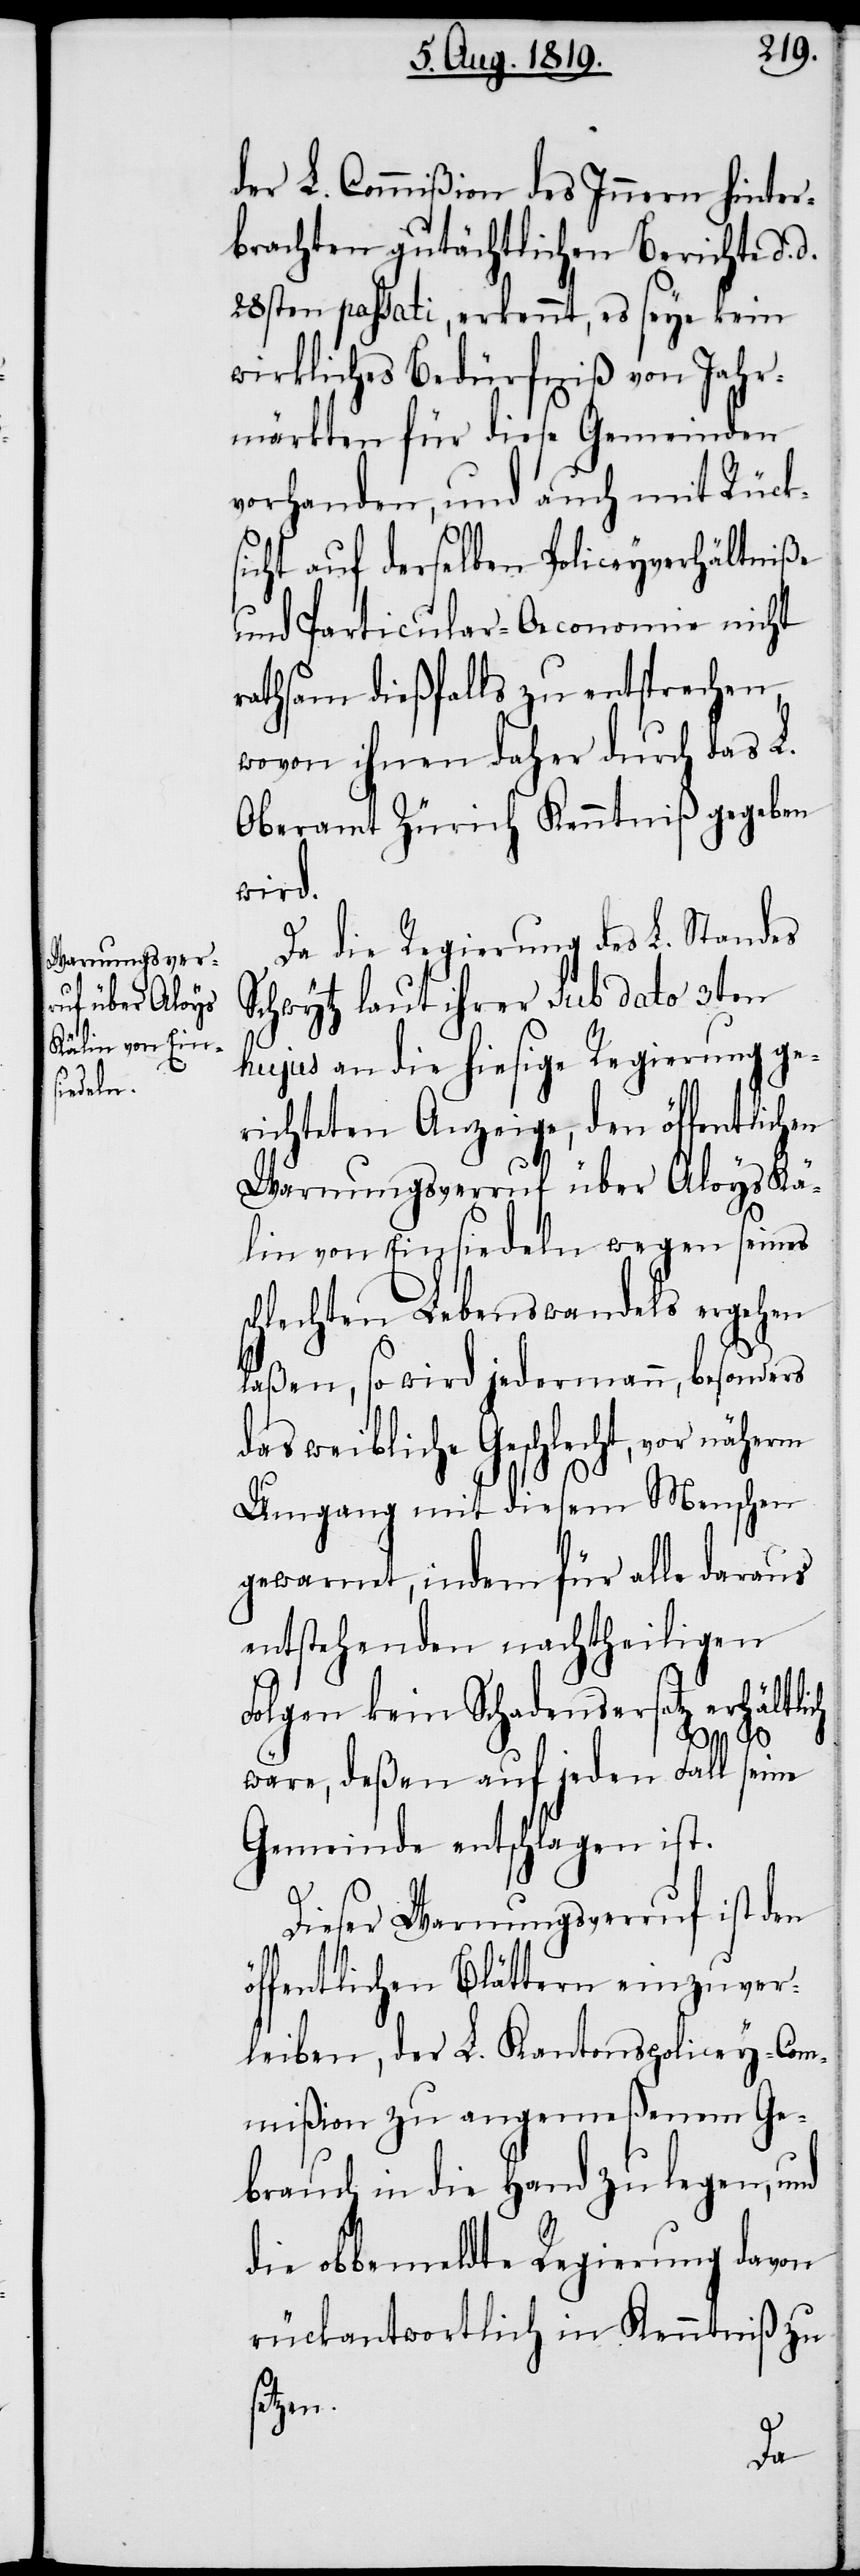
der L. Commißion des Innern hinter¬
brachten gutächtlichen Berichte d.
28sten passati, erkennt, es seye kein
wirkliches Bedürfniß von Jahr¬
märkten für diese Gemeinden
vorhanden, und auch mit Rücks¬
icht auf derselben Policeyverhältniße
und Particular-Oeconomie nicht
rathsam dießfalls zu entsprechen,
wovon ihnen daher durch das L.
Oberamt Zürich Kenntniß gegeben
wird.
Da die Regierung des L. Standes
Schwytz laut ihrer sub dato 3ten
hujus an die hiesige Regierung ge¬
richteten Anzeige, den öffentlichen
Warnungsverruf über Aloys Kä¬
lin von Einsiedeln wegen seines
hlechten Lebenswandels ergehen
laßen, so wird jedermann, besonders
das weibliche Geschlecht, vor näherm
d.
Umgang mit diesem Menschen
gewarnt, indem für alle daraus
entstehenden nachtheiligen
Folgen kein Schadensersatz erhältli¬
wäre, deßen auf jeden Fall seine
Gemeinde entschlagen ist.
Dieser Warnungsverruf ist den
öffentlichen Blättern einzuver¬
leiben, der L. Kantonspolicey-Com¬
mißion zu angemeßenem Ge¬
brauch in die Hand zu legen, und
die obbemeldte Regierung davon
rückantwortlich in Kenntniß zu
setzen.
ch